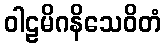
ဝါဠမိဂနိသေဝိတံ